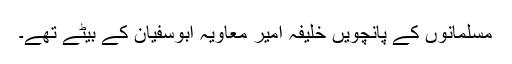
مسلمانوں کے پانچویں خلیفہ امیر معاویہ ابوسفیان کے بیٹے تھے۔